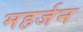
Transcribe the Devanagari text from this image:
महर्जन